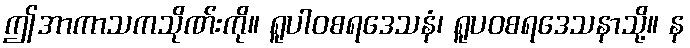
ဤအာကာသကသိုဏ်းကို။ ရူပါဝစရဒေသနံ၊ ရူပဝစရဒေသနာသို့။ န